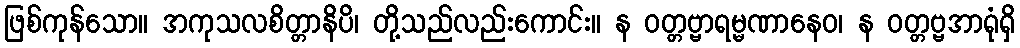
ဖြစ်ကုန်သော။ အကုသလစိတ္တာနိပိ၊ တို့သည်လည်းကောင်း။ န ဝတ္တဗ္ဗာရမ္မဏာနေဝ၊ န ဝတ္တဗ္ဗအာရုံရှိ